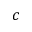
c